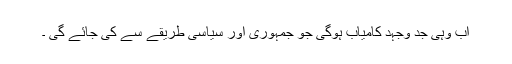
اب وہی جد وجہد کامیاب ہوگی جو جمہوری اور سیاسی طریقے سے کی جائے گی ۔